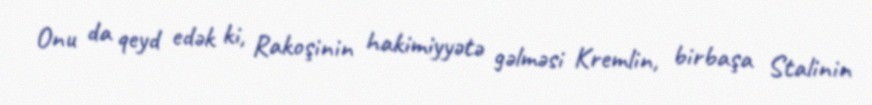
Onu da qeyd edək ki, Rakoşinin hakimiyyətə gəlməsi Kremlin, birbaşa Stalinin